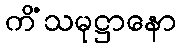
ကိံသမုဋ္ဌာနော